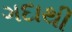
ગદાથી